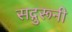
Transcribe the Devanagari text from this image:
सद्गुरूनी